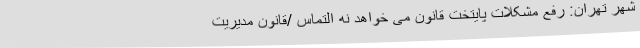
شهر تهران: رفع مشکلات پایتخت قانون می خواهد نه التماس /قانون مدیریت